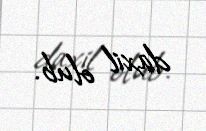
daxil olub.